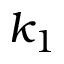
k _ { 1 }